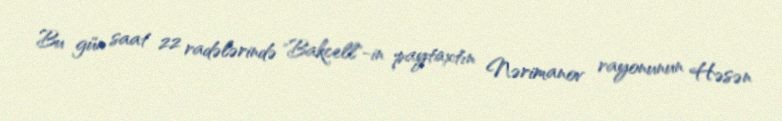
Bu gün saat 22 radələrində "Bakcell"-in paytaxtın Nərimanov rayonunun Həsən